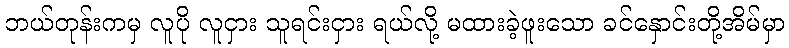
ဘယ်တုန်းကမှ လူပို လူငှား သူရင်းငှား ရယ်လို့ မထားခဲ့ဖူးသော ခင်နှောင်းတို့အိမ်မှာ